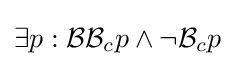
\exists p:{\mathcal {B}}{\mathcal {B}}_{c}p\wedge \neg {\mathcal {B}}_{c}p